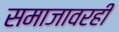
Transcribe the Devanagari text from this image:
समाजावरही